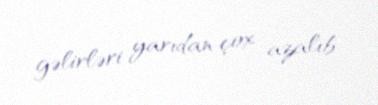
gəlirləri yarıdan çox azalıb.